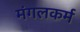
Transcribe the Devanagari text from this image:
मंगलकर्म